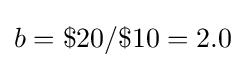
b=\$20/\$10=2.0